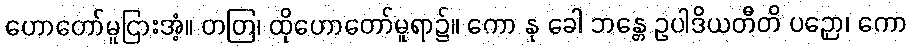
ဟောတော်မူငြားအံ့။ တတြ၊ ထိုဟောတော်မူရာ၌။ ကော နု ခေါ ဘန္တေ ဥပါဒိယတီတိ ပဉှော၊ ကော